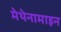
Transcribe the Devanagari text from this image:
मेथेनामाइन